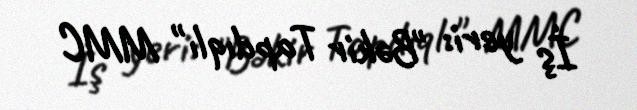
İş yeri: "Bəkir Tapdıqlı" MMC